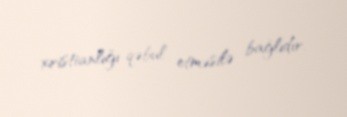
xristianlığı qəbul etməsilə bağlıdır.